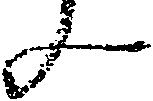
ん